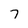
Character: 7